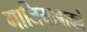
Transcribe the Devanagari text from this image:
गाजियाबादचे